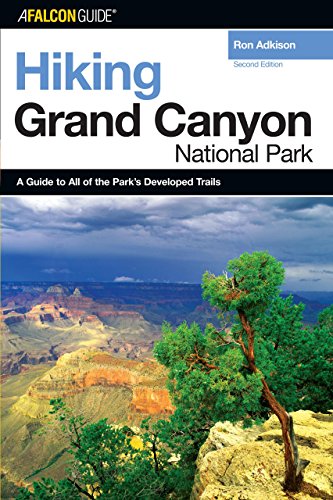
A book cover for Hiking Grand Canyon National Park, 2nd (Regional Hiking Series); Ron Adkison; Travel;